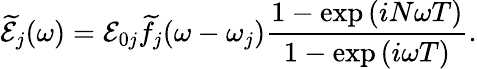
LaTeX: \mathcal{\widetilde E}_{j}(\omega)=\mathcal{E}_{0j}\widetilde f_{j}(\omega-\omega_{j})\frac{1-\exp{(iN\omega T)}}{1-\exp{(i\omega T)}}.